Annual report of the Civil Veterinary Department, Bengal, for the year 1897-98 - 1897-1898
Year: 1897
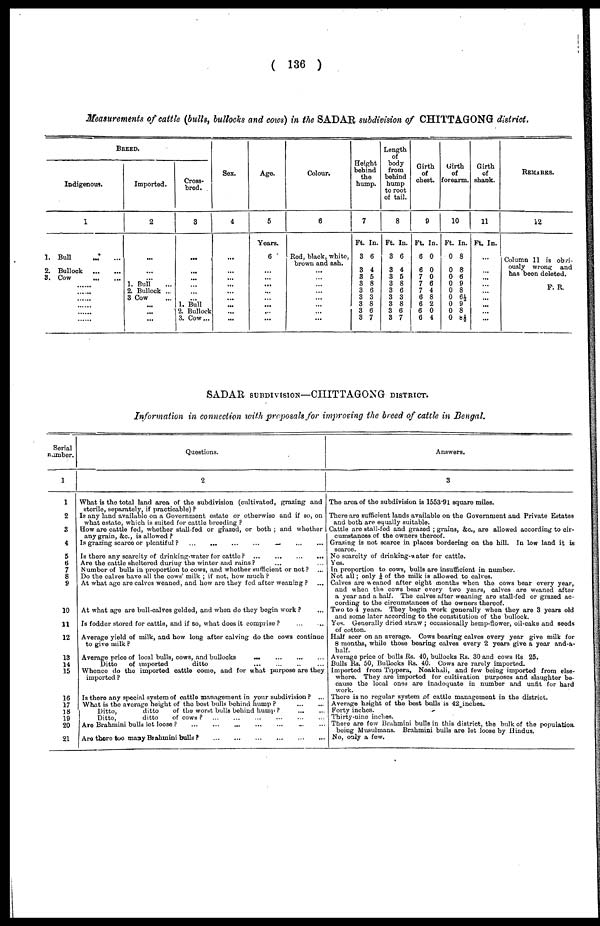
( 136 )
Measurements of cattle (bulls, bullocks and cows) in the SADAR subdivision of CHITTAGONG district.
BREED.
Indigenous.
1
1. Bull
...
...
2. Bullock
...
...
3. Cow
...
...
... ...
... ...
... ...
... ...
... ...
... ...
Imported.
2
...
...
1. Bull ...
2. Bullock ...
3 Cow ...
...
...
...
Cross-
bred.
3
...
...
...
...
... 1. Bull
2. Bullock
3. Cow...
Sex.
4
...
...
...
...
...
...
...
...
Age.
5
Years.
6 *
...
...
...
...
...
...
...
Colour.
6
Red, black, white,
brown and ash.
...
...
...
...
...
...
...
Height
behind
the
hump.
7
Ft. In.
3 6
3 4
3 5
3 8
3 6
3 3
3 8
3 6
3 7
Length
of
body
from
behind
hump
to root
of tail.
8
Ft. In.
3 6
3 4
3 5
3 8
3 6
3 3
3 8
3 6
3 7
Girth
of
chest.
9
Ft. In.
6 0
6 0
7 0
7 6
7 4
6 8
6 2
6 0
6 4
Girth
of
forearm.
10
Ft. In.
0 8
0 8
0 6
0 9
0 8
0 6½
0 9
0 8
0 8½
Girth
of
shank.
11
Ft. In.
...
...
...
...
...
...
...
...
REMARKS.
12
Column 11 is obvi-
ously wrong
and
has been deleted.
F. R.
SADAR, SUBDIVISION—CHITTAGONG DISTRICT.
Information in connection with proposals for improving the breed of cattle in Bengal.
Serial
number.
1
1
2
3
4
5
6
7
8
9
10
11
12
13
14
15
16
17
18
19
20
21
Questions.
2
What is the total land area of the subdivision (cultivated, grazing and
sterile, separately, if practicable) ?
Is any land available on a Government estate or otherwise and if so, on
what estate, which is suited for cattle breeding ?
How are cattle fed, whether stall-fed or grazed, or both ; and whether
any grain, &c., is allowed ?
Is grazing scarce or plentiful ? ... ... ... ... ... ... ...
Is there any scarcity of drinking water for cattle ?
...
...
...
...
Are the cattle sheltered during the winter and rains ? ... ..
Number of bulls in proportion to cows, and whether sufficient or not ? ...
Do the calves have all the cows' milk ; if not, how much ?
At what age are calves weaned, and how are they fed after weaning ? ...
At what age are bull-calves gelded, and when do they begin work ? ...
Is fodder stored for cattle, and if so, what does it comprise ? ... ... ...
Average yield of milk, and how long after calving do the cows continue
to give milk ?
Average price of local bulls, cows, and bullocks ... ... ... ...
Ditto
of imported
ditto ... ... ... ...
Whence do the imported cattle come, and for what purpose are they
imported ?
Is there any special system of cattle management in your subdivision ? ...
What is the average height of the best bulls behind hump ?
...
...
Ditto,
ditto
of the worst bulls behind hump ?
...
...
Ditto,
ditto
of cows ? ... ... ... ... ... ... ...
Are Brahmini bulls let loose ? ... ... ... ... ... ... ...
Are there too many Biahmini bulls ? ... ... ... ... ... ...
Answers.
3
The area of the subdivision is 1553.9l square miles.
There are sufficient lands available on the Government and Private Estates
and both are equally suitable.
Cattle are stall-fed and grazed ; grains, &c, are allowed according to cir-
cumstances of the owners thereof.
Grazing is not scarce in places bordering on the hill. In low land it is
scarce.
No scarcity of drinking-water for cattle.
Yes.
In proportion to cows, bulls are insufficient in number.
Not all; only ¼ of the milk is allowed to calves.
Calves are weaned after eight months when the cows bear every year,
and when the cows bear every two years, calves are weaned after
a year and a half. The calves after weaning are stall-fed or grazed ac-
cording to the circumstances of the owners thereof.
Two to 4 years. They begin work generally when they are 3 years old
and some later according to the constitution of the bullock.
Yes. Generally dried straw ; occasionally hemp-flower, oil-cake and seeds
of cotton.
Half seer on an average. Cows bearing calves every year give milk for
8 months, while those bearing calves every 2 years give a year and-a-
half.
Average price of bulls Rs. 40, bullocks Rs. 30 and cows Its 25.
Bulls Rs. 50, Bullocks Rs. 40. Cows are rarely imported.
Imported from Tippera, Noakhali, and few being imported from else-
where. They are imported for cultivation purposes and slaughter be-
cause the local ones are inadequate in number and unfit for hard
There is no regular system of cattle management in the district.
Average height of the best bulls is 42 inches.
Forty inches.
Thirty-nine inches.
There are few Brahmini bulls in this district, the bulk of the population.
being Musulmans. Brahmini bulls are let loose by Hindus.
No, only a few.